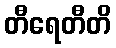
တီရေတီတိ